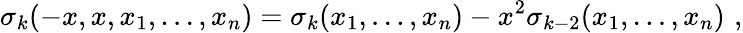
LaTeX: \sigma_{k}(-x,x,x_{1},\ldots,x_{n})=\sigma_{k}(x_{1},\ldots,x_{n})-x^{2}\sigma_{k-2}(x_{1},\ldots,x_{n})\, \, ,